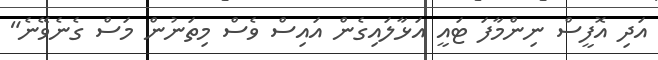
އަދި އޮފީސް ނިންމާފަ ޓައީ އަޅާލައިގެން އައިސް ވެސް މިތަނުން މަސް ގެނެވޭނެ"